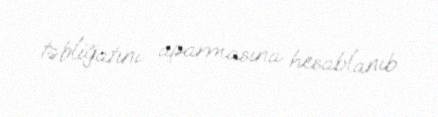
təbliğatını aparmasına hesablanıb.